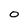
Character: O